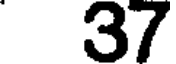
37